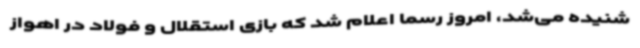
شنیده می‌شد، امروز رسما اعلام شد که بازی استقلال و فولاد در اهواز